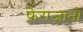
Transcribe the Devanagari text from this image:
फेराज़ानो